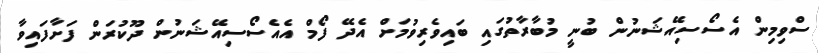
ސްވިމިން އެސޯސިއޭޝަނުން ބުނީ މުބާރާތުގައި ބައިވެރިވުމަށް އެދޭ ފޯމް އެއެސޯސިއޭޝަނުން ދޫކުރަން ފަށާފައިވާ